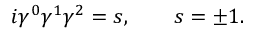
i \gamma ^ { 0 } \gamma ^ { 1 } \gamma ^ { 2 } = s , \qquad s = \pm 1 .